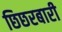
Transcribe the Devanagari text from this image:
छिछरबारी